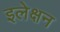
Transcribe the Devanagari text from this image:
इलेक्षन